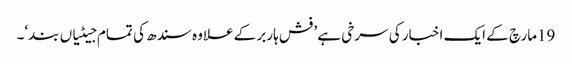
19مارچ کے ایک اخبار کی سرخی ہے ’فش ہاربر کے علاوہ سندھ کی تمام جیٹیاں بند‘۔